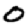
Digit: 0